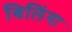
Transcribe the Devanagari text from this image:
बिलिंगा